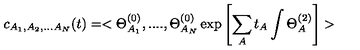
c _ { A _ { 1 } , A _ { 2 } , . . . A _ { N } } ( t ) = < \Theta _ { A _ { 1 } } ^ { ( 0 ) } , . . . . , \Theta _ { A _ { N } } ^ { ( 0 ) } \exp \left[ \sum _ { A } t _ { A } \int \Theta _ { A } ^ { ( 2 ) } \right] >